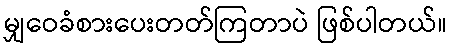
မျှဝေခံစားပေးတတ်ကြတာပဲ ဖြစ်ပါတယ်။